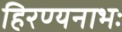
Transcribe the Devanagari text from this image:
हिरण्यनाभः